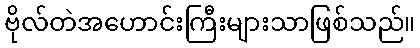
ဗိုလ်တဲအဟောင်းကြီးများသာဖြစ်သည်။